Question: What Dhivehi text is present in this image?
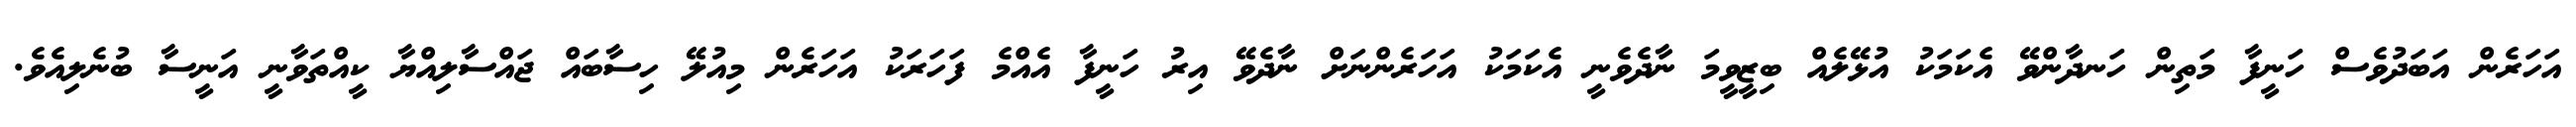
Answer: އަހަރެން އަބަދުވެސް ހަނީފާ މަތިން ހަނދާންވޭ އެކަމަކު އުޅޭލެއް ބިޒީވީމަ ނާދެވެނީ އެކަމަކު އަހަރެންނަށް ނާދެވޭ އިރު ހަނީފާ އެއްމެ ފަހަރަކު އަހަރެން މިއުލޭ ހިސާބައް ޖައްސާލިއްޔާ ކީއްތަވާނީ އަނީސާ ބުނެލިއެވެ.